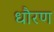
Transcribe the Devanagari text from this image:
धौरण